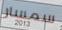
سمسار